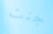
جنت